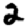
Digit: 2